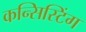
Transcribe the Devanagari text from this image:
कन्सिस्टिंग